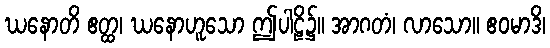
ဃနောတိ ဧတ္ထ၊ ဃနောဟူသော ဤပါဠိ၌။ အာဂတံ၊ လာသော။ ဧဝမာဒိ၊